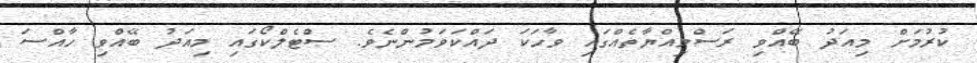
ކުރުމަށް މިއަދު ބޭއްވި ރަސްމިއްޔާތެއްގައި ވާހަކަ ދައްކަވަމުންނެވެ. ސްޓެލްކޯގައި މިއަދު ބޭއްވި ހާއްސަ